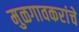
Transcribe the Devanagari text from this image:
मुळगावकरांचे